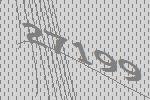
27199